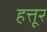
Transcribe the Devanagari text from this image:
हत्तूर